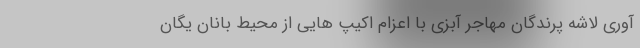
آوری لاشه پرندگان مهاجر آبزی با اعزام اکیپ هایی از محیط بانان یگان